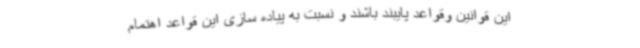
این قوانین وقواعد پایبند باشند و نسبت به پیاده سازی این قواعد اهتمام